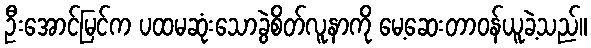
ဦးအောင်မြင်က ပထမဆုံးသောခွဲစိတ်လူနာကို မေ့ဆေးတာဝန်ယူခဲ့သည်။